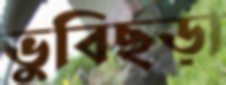
ভুবিছড়া